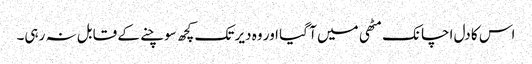
اس کا دل اچانک مٹھی میں آ گیا اور وہ دیر تک کچھ سوچنے کے قابل نہ رہی۔